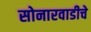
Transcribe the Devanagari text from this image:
सोनारवाडीचे